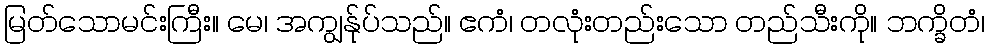
မြတ်သောမင်းကြီး။ မေ၊ အကျွန်ုပ်သည်။ ဧကံ၊ တလုံးတည်းသော တည်သီးကို။ ဘက္ခိတံ၊